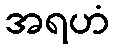
အရဟံ